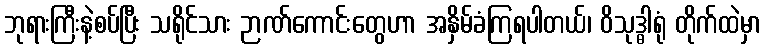
ဘုရားကြီးနဲ့စပ်ပြီး သရိုင်သား ဉာဏ်ကောင်းတွေဟာ အနှိမ်ခံကြရပါတယ်၊ ဝိသုဒ္ဓါရုံ တိုက်ထဲမှာ